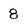
Character: 8